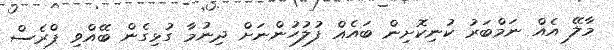
މާލޭ އެއް ނަމްބަރު ކުނިކޮށިން ބައެއް ފުލުހުންނަށް ދިނުމާ ގުޅިގެން ބޭއްވި ޕްރެސް